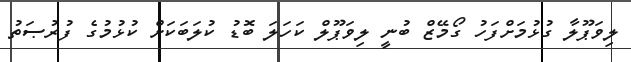
ލިވަޕޫލާ ގުޅުމަށްފަހު ގޯމޭޒް ބުނީ ލިވަޕޫލް ކަހަލަ ބޮޑު ކުލަބަކަށް ކުޅުމުގެ ފުރުޞަތު